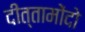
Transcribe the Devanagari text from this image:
दीत्तामोंदो